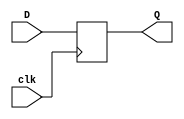
module d_flip_flop (
    input wire clk,
    input wire D,
    output reg Q
);

always @(posedge clk) begin
    Q <= D;
end

endmodule